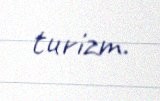
turizm.